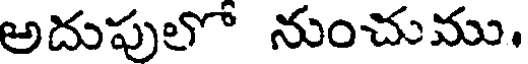
అదుపులో నుంచుము.